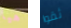
هيا ثقوا